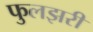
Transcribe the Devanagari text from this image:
फुलझरी